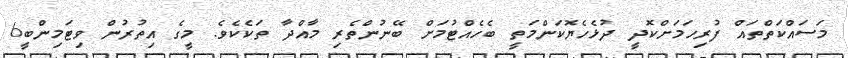
މަސައްކަތްތައް ފުރިހަމަށްކޮދީ ދުޅެހެޔޮކަންމަތީ ބެހެއްޓުމަށް ބޭނުންތެރި މާއްދާ ތަކެކެވެ. މީގެ އިތުރުން ވިޓަމިންބީ6